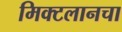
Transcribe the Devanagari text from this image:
मिक्टलानचा